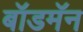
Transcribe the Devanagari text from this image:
बॉडमॅन